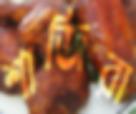
শাজিরা